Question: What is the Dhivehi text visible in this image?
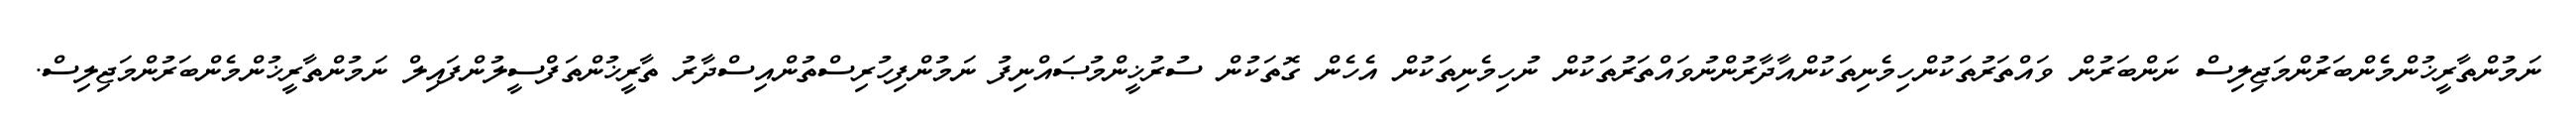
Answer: ނަމުންތާރީޚުންމެންބަރުންމަޖިލިސް ނަންބަރުން ވައްތަރުތަކުންހިމެނިތަކުންއާދާރުންނުވައްތަރުތަކުން ނުހިމެނިތަކުން އެހެން ގޮތަކުން ސުރުޚީންމުޞައްނިފު ނަމުންފިހުރިސްތުންއިސްދާރު ތާރީޚުންތަފްސީލުންފައިލް ނަމުންތާރީޚުންމެންބަރުންމަޖިލިސް.